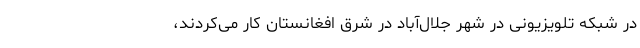
در شبکه تلویزیونی در شهر جلال‌آباد در شرق افغانستان کار می‌کردند،